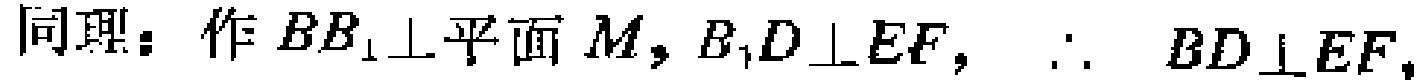
同理：作 \(BB_1\perp\)平面\(M\)，\(B_1D\perp EF\)，\(\therefore BD\perp EF\)，